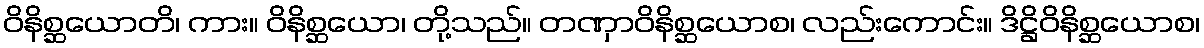
ဝိနိစ္ဆယောတိ၊ ကား။ ဝိနိစ္ဆယော၊ တို့သည်။ တဏှာဝိနိစ္ဆယောစ၊ လည်းကောင်း။ ဒိဋ္ဌိဝိနိစ္ဆယောစ၊